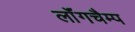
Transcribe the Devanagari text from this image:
लॉंगचैम्प